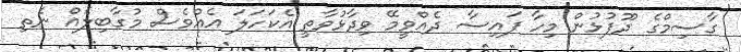
ގާސިމްގެ ދޫފުޅުން މިހާ ފައިސާ ދެއްވީމޭ ވިދާޅުވާތީ އެކަހަލަ އެއްވެސް މުގާބިލެއް ނެތި